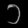
Digit: ၁